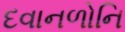
દવાનળોનિ